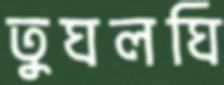
তুঘলঘি